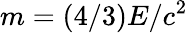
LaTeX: m=(4/3)E/c^{2}